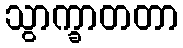
သွာက္ခာတတာ